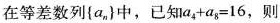
在等差数列\{a_{n}\}中，已知$$a_{4}+a_{8}=16$$，则